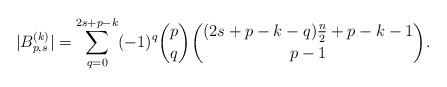
LaTeX: \begin{align*}|B_{p,s}^{(k)}|=\sum_{q=0}^{2s+p-k}(-1)^q\binom{p}{q}\binom{(2s+p-k-q)\frac{n}{2}+p-k-1}{p-1}.\end{align*}